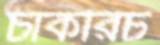
চাকরিচ